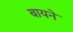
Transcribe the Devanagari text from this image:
बायने